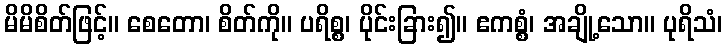
မိမိစိတ်ဖြင့်။ စေတော၊ စိတ်ကို။ ပရိစ္စ၊ ပိုင်းခြား၍။ ဧကစ္စံ၊ အချို့သော။ ပုရိသံ၊